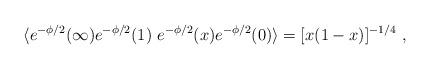
LaTeX: \begin{align*} \langle e ^{-\phi/2}(\infty)e ^{-\phi/2}(1)\ e^{-\phi/2}(x) e ^{-\phi/2}(0) \rangle = [x(1-x)]^{-1/4}\ ,\end{align*}